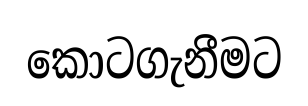
කොටගැනීමට